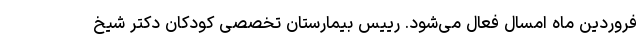
فروردین ماه امسال فعال می‌شود. رییس بیمارستان تخصصی کودکان دکتر شیخ